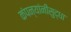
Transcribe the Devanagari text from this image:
कंपन्यांनीसुद्धा